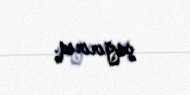
çağırırıq.